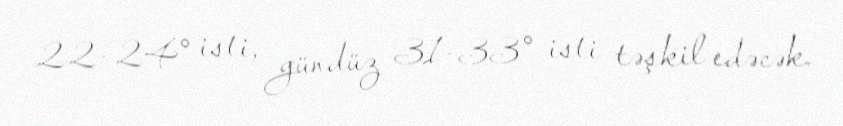
22-24° isti, gündüz 31-33° isti təşkil edəcək.